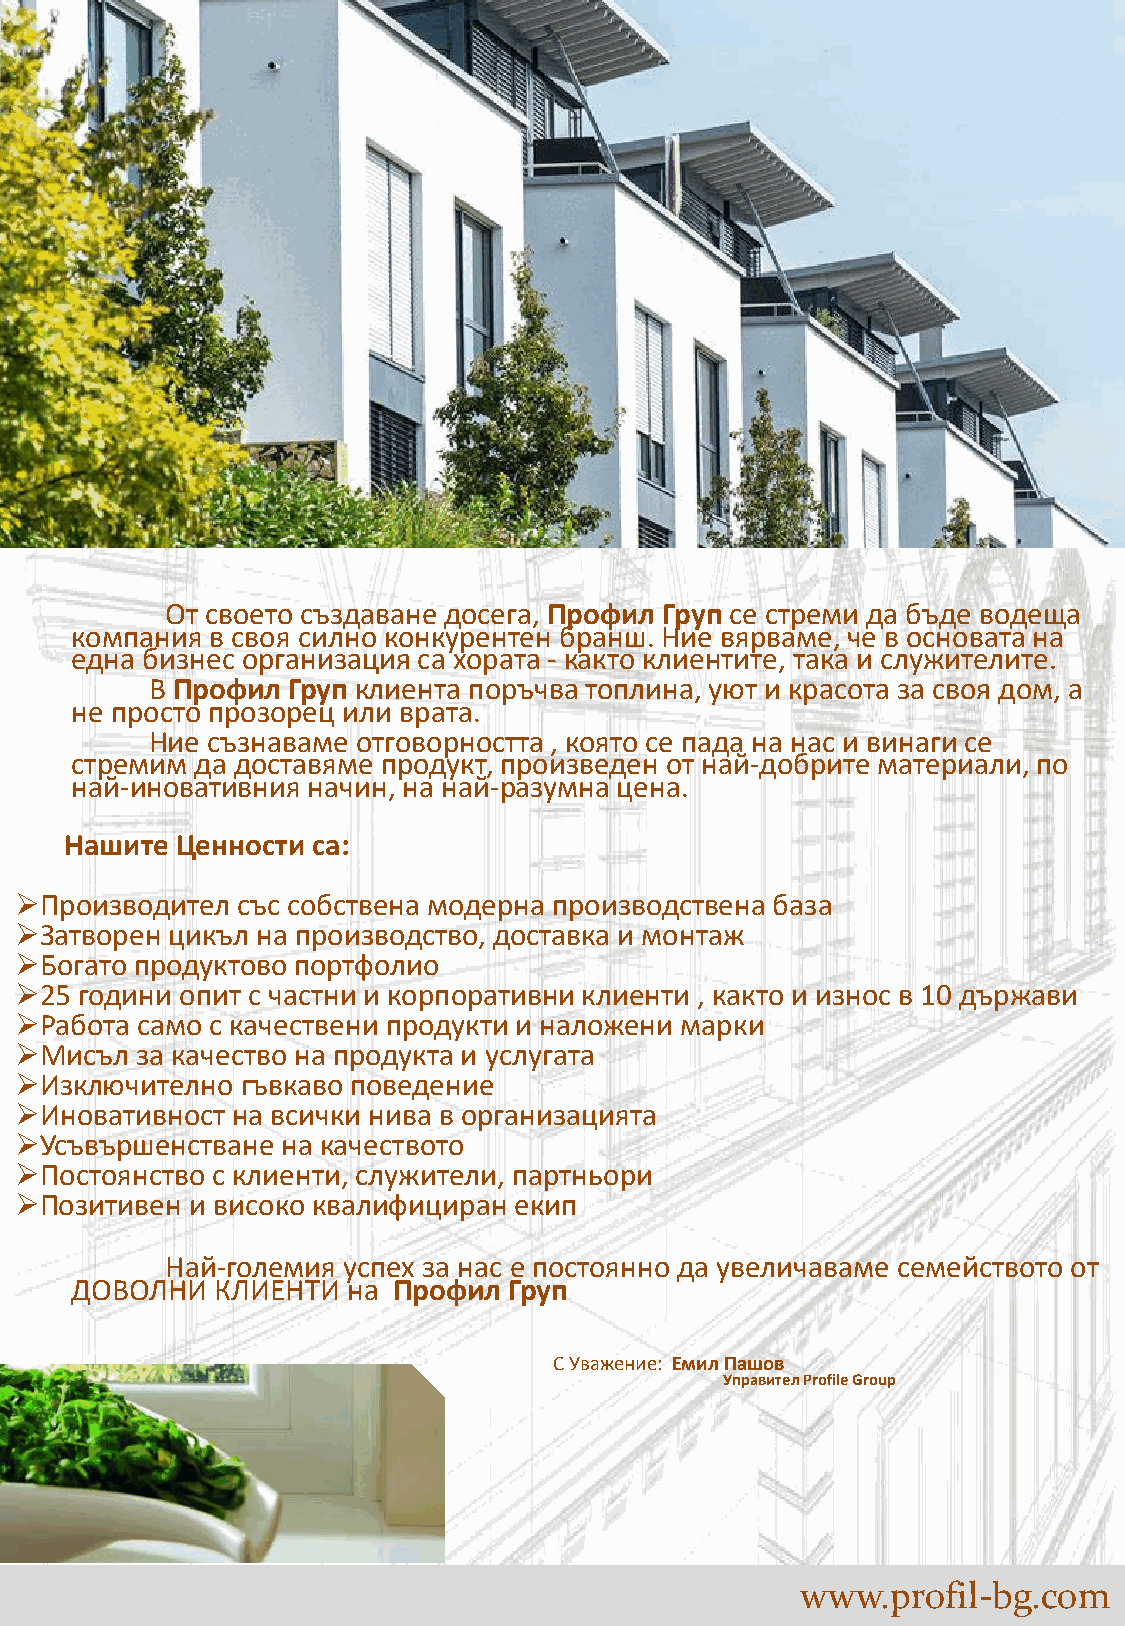
От своето създаване досега, Профил Груп се стреми да бъде водеща
 компания в своя силно конкурентен бранш. Ние вярваме, че в основата на
 една бизнес организация са хората - както клиентите, така и служителите.
 В Профил Груп клиента поръчва топлина, уют и красота за своя дом, а
 не просто прозорец или врата.
 Ние съзнаваме отговорността , която се пада на нас и винаги се
 стремим да доставяме продукт, произведен от най-добрите материали, по
 най-иновативния начин, на най-разумна цена.
 Нашите  Ценности са:
 Производител  със собствена модерна производствена база
 Затворен цикъл на производство, доставка и монтаж
 Богато продуктово портфолио
 25 години опит с частни и корпоративни клиенти , както и износ в 10 държави
 Работа само с качествени продукти и наложени марки
 Мисъл  за качество на продукта и услугата
 Изключително  гъвкаво поведение
 Иновативност на всички нива в организацията
 Усъвършенстване  на качеството
 Постоянство с клиенти, служители, партньори
 Позитивен  и високо квалифициран екип
 Най-големия успех за нас е постоянно да увеличаваме семейството от
 ДОВОЛНИ  КЛИЕНТИ  на Профил  Груп
 С Уважение: Емил Пашов
 Управител ProfileGroup
 www.profil-bg.com